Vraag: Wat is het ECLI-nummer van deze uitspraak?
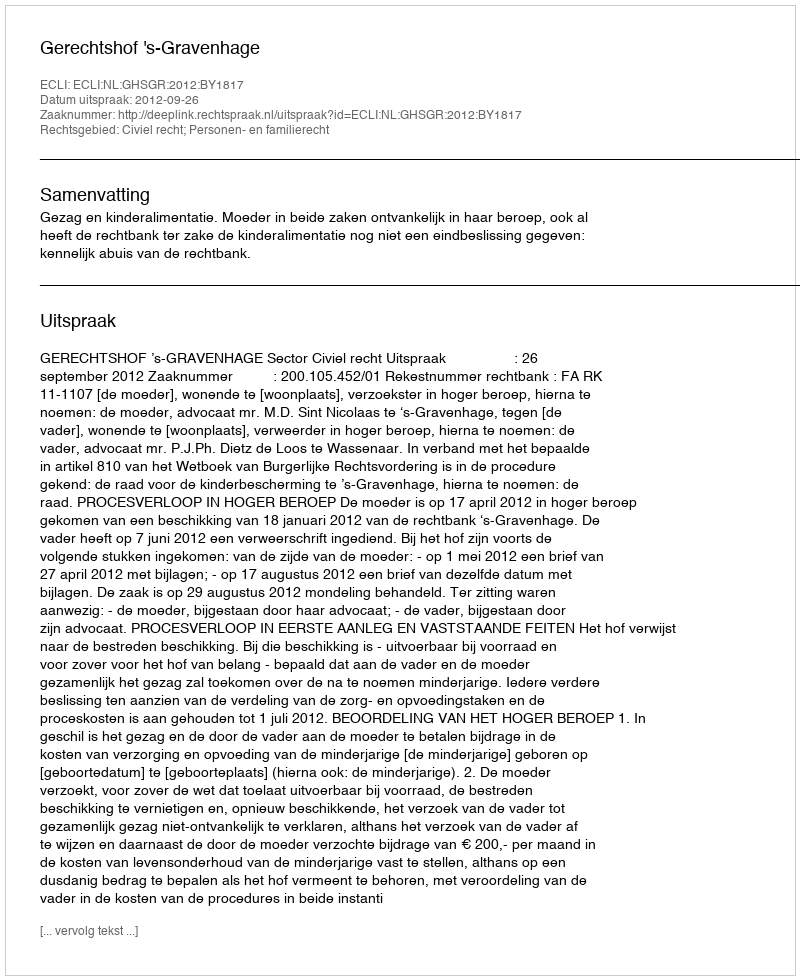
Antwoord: ECLI:NL:GHSGR:2012:BY1817